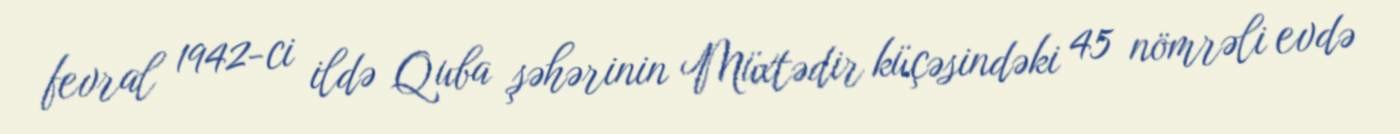
fevral 1942-ci ildə Quba şəhərinin Müxtədir küçəsindəki 45 nömrəli evdə